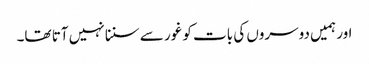
اور ہمیں دوسروں کی بات کو غور سے سننا نہیں آتا تھا۔